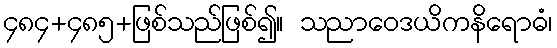
၄၈၄+၄၈၅+ဖြစ်သည်ဖြစ်၍။ သညာဝေဒယိကနိရောဓံ၊